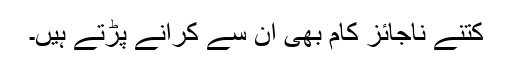
کتنے ناجائز کام بھی ان سے کرانے پڑتے ہیں۔